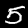
Digit: 5